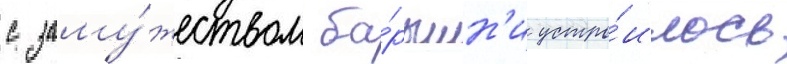
с заму́жеством ба́рышн'и устро́илось